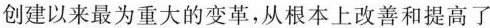
创建以来最为重大的变革，从根本上改善和提高了